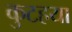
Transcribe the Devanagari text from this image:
कुटहया